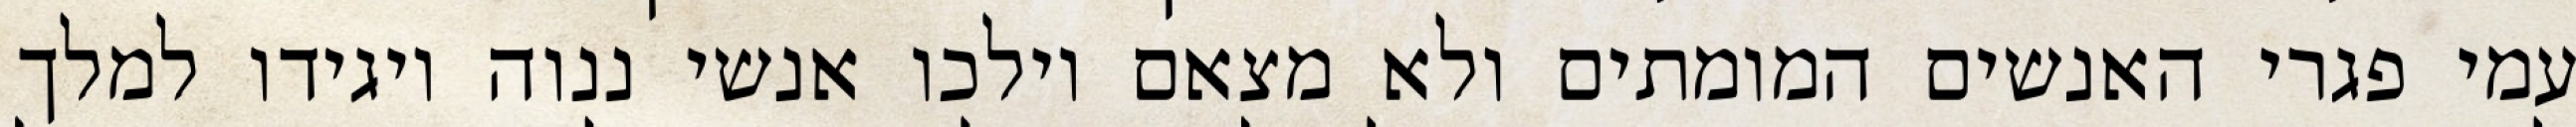
עמי פגרי האנשים המומתים ולא מצאם וילכו אנשי ננוה ויגידו למלך